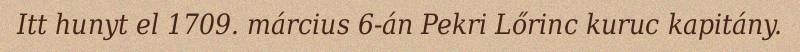
Itt hunyt el 1709. március 6-án Pekri Lőrinc kuruc kapitány.